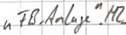
Text: "FB_Anlage".M2